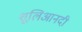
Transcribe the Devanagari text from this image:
शूलिआनदी